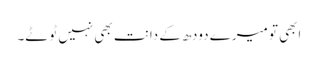
ابھی تو میرے دودھ کے دانت بھی نہیں ٹوٹے۔